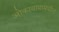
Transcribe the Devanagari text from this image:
ओकायामामधील